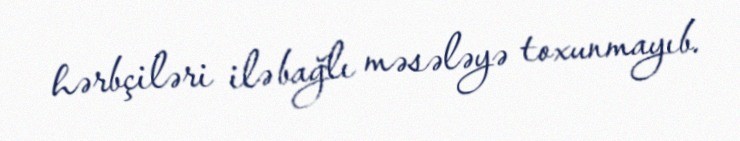
hərbçiləri ilə bağlı məsələyə toxunmayıb.